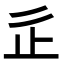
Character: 𣥆